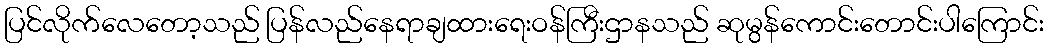
ပြင်လိုက်လေတော့သည် ပြန်လည်နေရာချထားရေးဝန်ကြီးဌာနသည် ဆုမွန်ကောင်းတောင်းပါကြောင်း